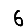
Digit: 6